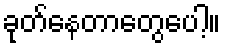
ခုတ်နေတာတွေပေါ့။